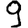
Digit: 9